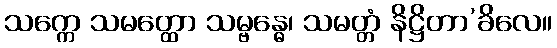
သက္ကေ သမတ္ထော သမ္ဗန္ဓေ၊ သမတ္တံ နိဋ္ဌိတာ’ခိလေ။